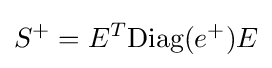
S^{+}=E^{T}{\mbox{Diag}}(e^{+})E